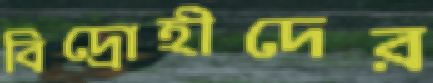
বিদ্রোহীদের